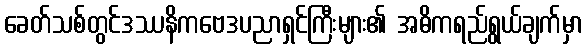
ခေတ်သစ်တွင်ဒဿနိကဗေဒပညာရှင်ကြီးများ၏ အဓိကရည်ရွယ်ချက်မှာ